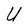
Character: U